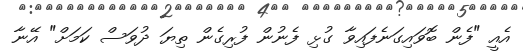
އެއީ "ފެން ބޮވައިގަނެފައިވާ ގުޅި ފެނުން ފުރިގެން ތިޔަ ދުވަސް ކަމަށް" އޭނާ